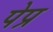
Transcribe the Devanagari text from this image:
पेप्र